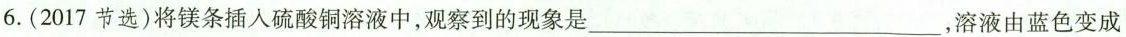
6.(2017节选)将镁条插入硫酸铜溶液中，观察到的现象是___，溶液由蓝色变成